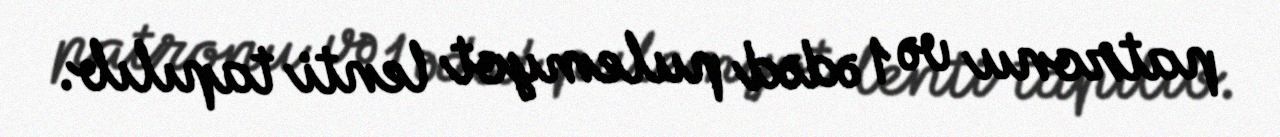
patronu və 1 ədəd pulemyot lenti tapılıb.